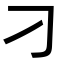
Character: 刁